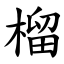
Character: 榴